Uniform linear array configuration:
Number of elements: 24
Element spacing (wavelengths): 0.5
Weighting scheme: cosine
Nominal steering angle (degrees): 60
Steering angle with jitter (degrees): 60.182
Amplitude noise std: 0.05
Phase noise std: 0.05

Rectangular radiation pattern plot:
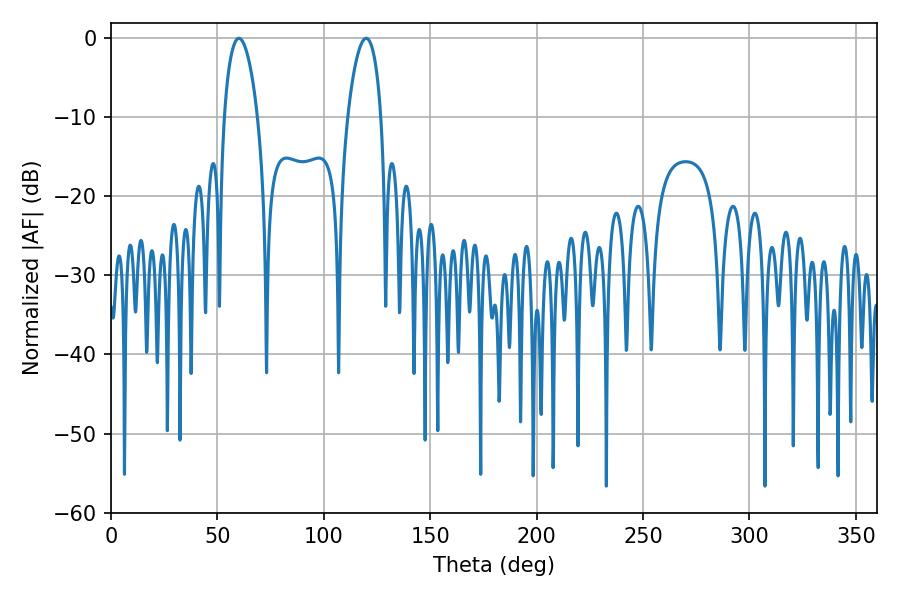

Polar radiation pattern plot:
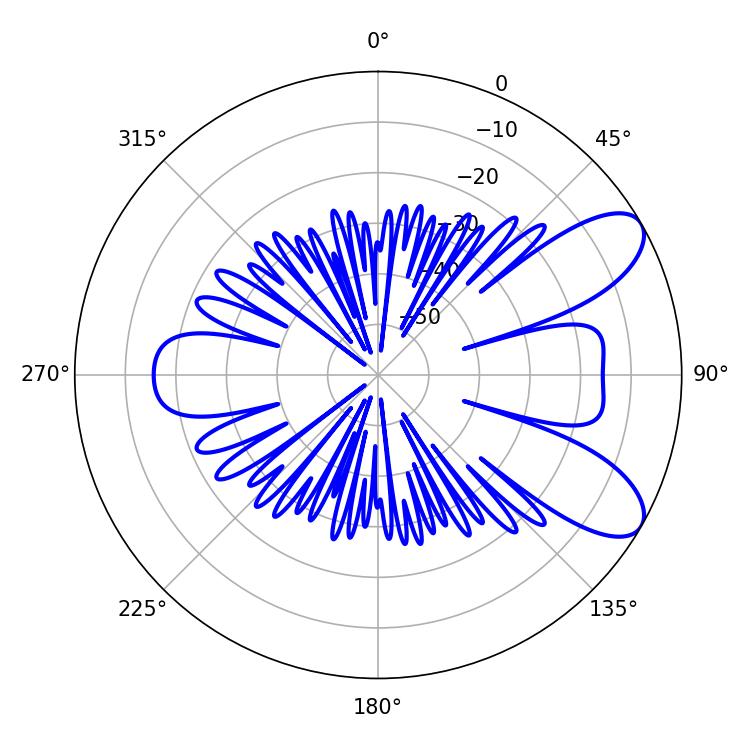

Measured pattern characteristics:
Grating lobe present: FALSE
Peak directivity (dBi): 8.408
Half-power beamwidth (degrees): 8.82
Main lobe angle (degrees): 60.12